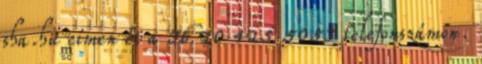
sha.hu címen és a 36 20 425 5053 telefonszámon.